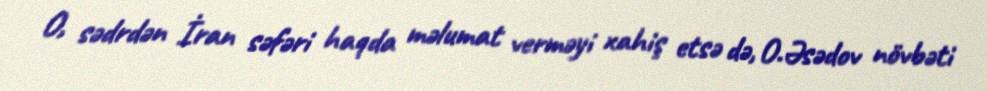
O, sədrdən İran səfəri haqda məlumat verməyi xahiş etsə də, O.Əsədov növbəti